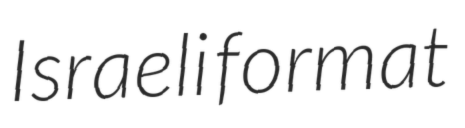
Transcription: Israeli format